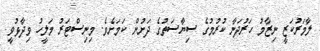
ލާމަރުކަޒީ ނިޒާމު ހަރުދަނާ ކުރުމުގެ ސިޔާސަތުގެ ދަށުން ކަމަށެވެ. މިނިސްޓަރު މަލީހު ވިދާޅުވީ